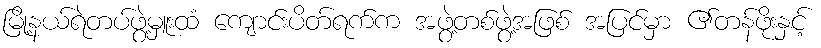
မြို့နယ်ရဲတပ်ဖွဲ့မှူးထံ ကျောင်းပိတ်ရက်က အဖွဲ့တစ်ဖွဲ့အဖြစ် အပြင်မှာ ၏တန်ဖိုးနှင့်